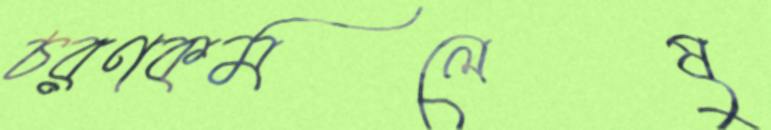
চরণকমলেষু